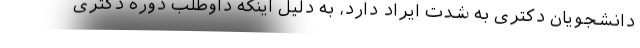
دانشجویان دکتری به شدت ایراد دارد، به دلیل اینکه داوطلب دوره دکتری